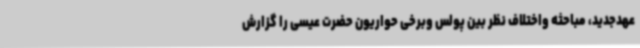
عهدجدید، مباحثه واختلاف نظر بین پولس وبرخی حواریون حضرت عیسی را گزارش